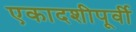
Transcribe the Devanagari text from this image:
एकादशीपूर्वी